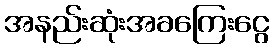
အနည်းဆုံးအခကြေးငွေ